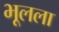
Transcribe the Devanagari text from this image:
भूलला